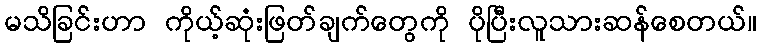
မသိခြင်းဟာ ကိုယ့်ဆုံးဖြတ်ချက်တွေကို ပိုပြီးလူသားဆန်စေတယ်။